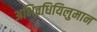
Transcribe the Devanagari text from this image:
अभिव्रधियिलुमान